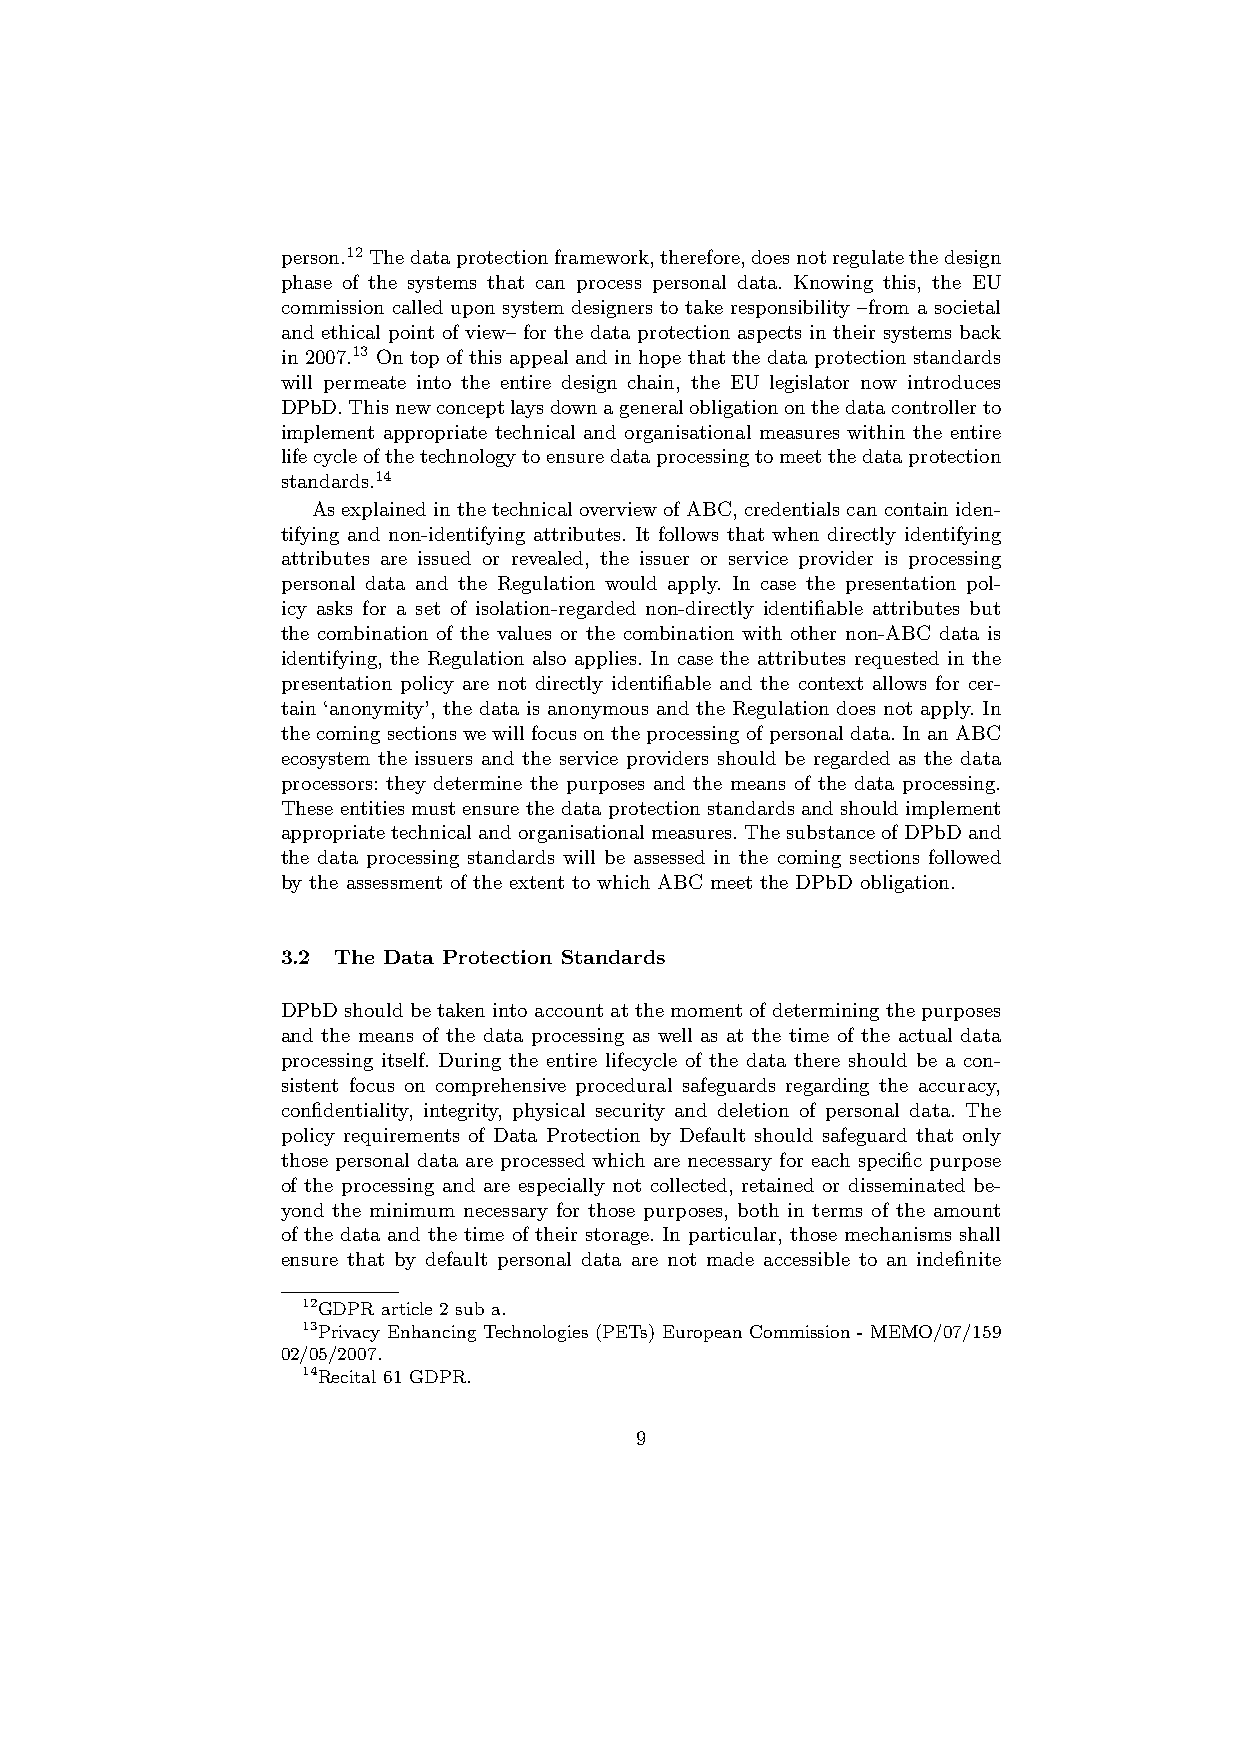
person.12 Thedataprotectionframework,therefore,doesnotregulatethedesign
 phase of the systems that can process personal data. Knowing this, the EU
 commission called upon system designers to take responsibility –from a societal
 and ethical point of view– for the data protection aspects in their systems back
 in 2007.13 On top of this appeal and in hope that the data protection standards
 will permeate into the entire design chain, the EU legislator now introduces
 DPbD.Thisnewconceptlaysdownageneralobligationonthedatacontrollerto
 implement appropriate technical and organisational measures within the entire
 lifecycleofthetechnologytoensuredataprocessingtomeetthedataprotection
 standards.14
 AsexplainedinthetechnicaloverviewofABC,credentialscancontainiden-
 tifying and non-identifying attributes. It follows that when directly identifying
 attributes are issued or revealed, the issuer or service provider is processing
 personal data and the Regulation would apply. In case the presentation pol-
 icy asks for a set of isolation-regarded non-directly identifiable attributes but
 the combination of the values or the combination with other non-ABC data is
 identifying, the Regulation also applies. In case the attributes requested in the
 presentation policy are not directly identifiable and the context allows for cer-
 tain ‘anonymity’, the data is anonymous and the Regulation does not apply. In
 thecomingsectionswewillfocusontheprocessingofpersonaldata.InanABC
 ecosystem the issuers and the service providers should be regarded as the data
 processors: they determine the purposes and the means of the data processing.
 These entities must ensure the data protection standards and should implement
 appropriatetechnicalandorganisationalmeasures.ThesubstanceofDPbDand
 the data processing standards will be assessed in the coming sections followed
 by the assessment of the extent to which ABC meet the DPbD obligation.
 3.2 The Data Protection Standards
 DPbDshouldbetakenintoaccountatthemomentofdeterminingthepurposes
 and the means of the data processing as well as at the time of the actual data
 processing itself. During the entire lifecycle of the data there should be a con-
 sistent focus on comprehensive procedural safeguards regarding the accuracy,
 confidentiality, integrity, physical security and deletion of personal data. The
 policy requirements of Data Protection by Default should safeguard that only
 those personal data are processed which are necessary for each specific purpose
 of the processing and are especially not collected, retained or disseminated be-
 yond the minimum necessary for those purposes, both in terms of the amount
 of the data and the time of their storage. In particular, those mechanisms shall
 ensure that by default personal data are not made accessible to an indefinite
 12GDPR article 2 sub a.
 13Privacy Enhancing Technologies (PETs) European Commission - MEMO/07/159
 02/05/2007.
 14Recital 61 GDPR.
 9